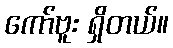
ကော်ဗူး ရှိတယ်။